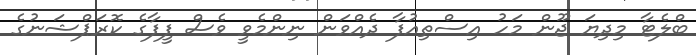
ބްލެޓާ މިދިޔަ ޖޫން މަހު އިސްތިއުފާ ދެއްވަން ނިންމެވީ ވެސް ފީފާގެ ކޮރަޕްޝަނުގެ